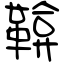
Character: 鞥